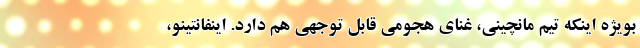
بویژه اینکه تیم مانچینی، غنای هجومی قابل توجهی هم دارد. اینفانتینو،